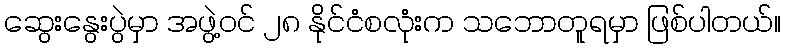
ဆွေးနွေးပွဲမှာ အဖွဲ့ဝင် ၂၈ နိုင်ငံစလုံးက သဘောတူရမှာ ဖြစ်ပါတယ်။